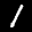
Label: 1